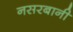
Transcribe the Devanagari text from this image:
नसरबानी